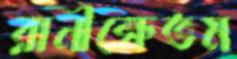
রানীক্ষেতম